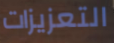
التعزيزات